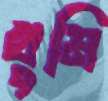
খুমি